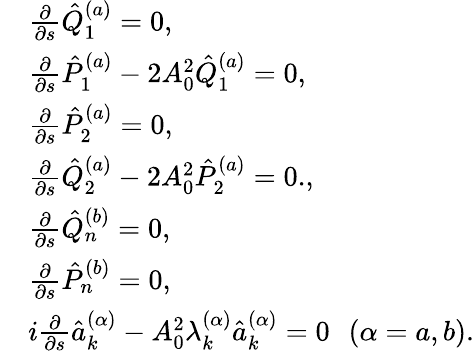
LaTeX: \begin{array}{rl}&{\frac{\partial}{\partial s}\hat{Q}_{1}^{(a)}=0,}\\ &{\frac{\partial}{\partial s}\hat{P}_{1}^{(a)}-2A_{0}^{2}\hat{Q}_{1}^{(a)}=0,}\\ &{\frac{\partial}{\partial s}\hat{P}_{2}^{(a)}=0,}\\ &{\frac{\partial}{\partial s}\hat{Q}_{2}^{(a)}-2A_{0}^{2}\hat{P}_{2}^{(a)}=0.,}\\ &{\frac{\partial}{\partial s}\hat{Q}_{n}^{(b)}=0,}\\ &{\frac{\partial}{\partial s}\hat{P}_{n}^{(b)}=0,}\\ &{i\frac{\partial}{\partial s}\hat{a}_{k}^{(\alpha)}-A_{0}^{2}\lambda_{k}^{(\alpha)}\hat{a}_{k}^{(\alpha)}=0\, \, \, \, (\alpha=a,b).}\end{array}